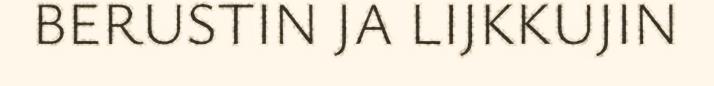
BERUSTIN JA LIJKKUJIN